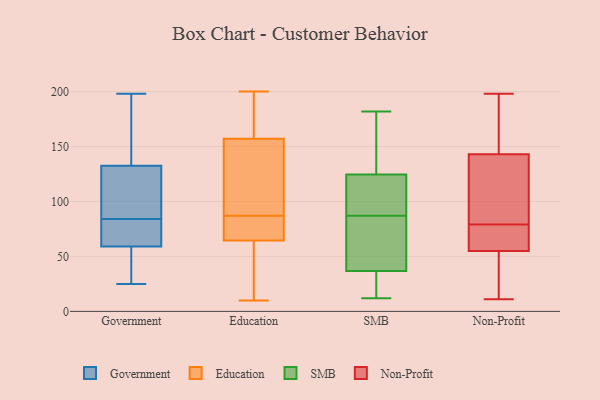
{"axis": {"x": "Humidity (%)", "y": "Value"}, "legend": ["Education", "Government", "Non-Profit", "SMB"], "data": [{"x": "", "y": 85, "type": "Government"}, {"x": "", "y": 190, "type": "Government"}, {"x": "", "y": 66, "type": "Government"}, {"x": "", "y": 69, "type": "Government"}, {"x": "", "y": 135, "type": "Government"}, {"x": "", "y": 138, "type": "Government"}, {"x": "", "y": 66, "type": "Government"}, {"x": "", "y": 83, "type": "Government"}, {"x": "", "y": 99, "type": "Government"}, {"x": "", "y": 99, "type": "Government"}, {"x": "", "y": 49, "type": "Government"}, {"x": "", "y": 35, "type": "Government"}, {"x": "", "y": 31, "type": "Government"}, {"x": "", "y": 92, "type": "Government"}, {"x": "", "y": 70, "type": "Government"}, {"x": "", "y": 52, "type": "Government"}, {"x": "", "y": 130, "type": "Government"}, {"x": "", "y": 198, "type": "Government"}, {"x": "", "y": 167, "type": "Government"}, {"x": "", "y": 25, "type": "Government"}, {"x": "", "y": 113, "type": "Education"}, {"x": "", "y": 168, "type": "Education"}, {"x": "", "y": 163, "type": "Education"}, {"x": "", "y": 151, "type": "Education"}, {"x": "", "y": 55, "type": "Education"}, {"x": "", "y": 78, "type": "Education"}, {"x": "", "y": 147, "type": "Education"}, {"x": "", "y": 180, "type": "Education"}, {"x": "", "y": 62, "type": "Education"}, {"x": "", "y": 32, "type": "Education"}, {"x": "", "y": 80, "type": "Education"}, {"x": "", "y": 72, "type": "Education"}, {"x": "", "y": 200, "type": "Education"}, {"x": "", "y": 145, "type": "Education"}, {"x": "", "y": 170, "type": "Education"}, {"x": "", "y": 94, "type": "Education"}, {"x": "", "y": 68, "type": "Education"}, {"x": "", "y": 67, "type": "Education"}, {"x": "", "y": 10, "type": "Education"}, {"x": "", "y": 24, "type": "Education"}, {"x": "", "y": 30, "type": "SMB"}, {"x": "", "y": 148, "type": "SMB"}, {"x": "", "y": 123, "type": "SMB"}, {"x": "", "y": 125, "type": "SMB"}, {"x": "", "y": 98, "type": "SMB"}, {"x": "", "y": 59, "type": "SMB"}, {"x": "", "y": 92, "type": "SMB"}, {"x": "", "y": 12, "type": "SMB"}, {"x": "", "y": 45, "type": "SMB"}, {"x": "", "y": 179, "type": "SMB"}, {"x": "", "y": 34, "type": "SMB"}, {"x": "", "y": 31, "type": "SMB"}, {"x": "", "y": 87, "type": "SMB"}, {"x": "", "y": 66, "type": "SMB"}, {"x": "", "y": 182, "type": "SMB"}, {"x": "", "y": 88, "type": "Non-Profit"}, {"x": "", "y": 70, "type": "Non-Profit"}, {"x": "", "y": 69, "type": "Non-Profit"}, {"x": "", "y": 118, "type": "Non-Profit"}, {"x": "", "y": 11, "type": "Non-Profit"}, {"x": "", "y": 176, "type": "Non-Profit"}, {"x": "", "y": 88, "type": "Non-Profit"}, {"x": "", "y": 198, "type": "Non-Profit"}, {"x": "", "y": 168, "type": "Non-Profit"}, {"x": "", "y": 59, "type": "Non-Profit"}, {"x": "", "y": 51, "type": "Non-Profit"}, {"x": "", "y": 50, "type": "Non-Profit"}]}